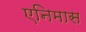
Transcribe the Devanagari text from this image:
एनिमास